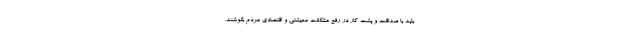
باید با صداقت و پشت کار در رفع مشکلات معیشتی و اقتصادی مردم بکوشند.